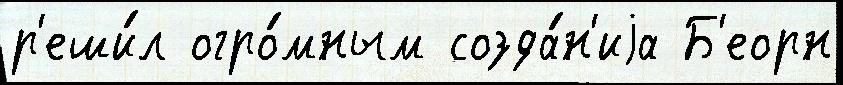
р'еши́л огро́мным созда́н'иjа Б'еорн